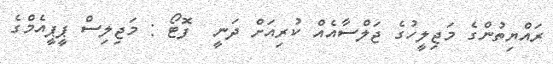
ރައްޔިތުންގެ މަޖިލީހުގެ ޖަލްސާއެއް ކުރިއަށް ދަނީ  ފޮޓޯ : މަޖިލިސް ޕީޕީއެމްގެ